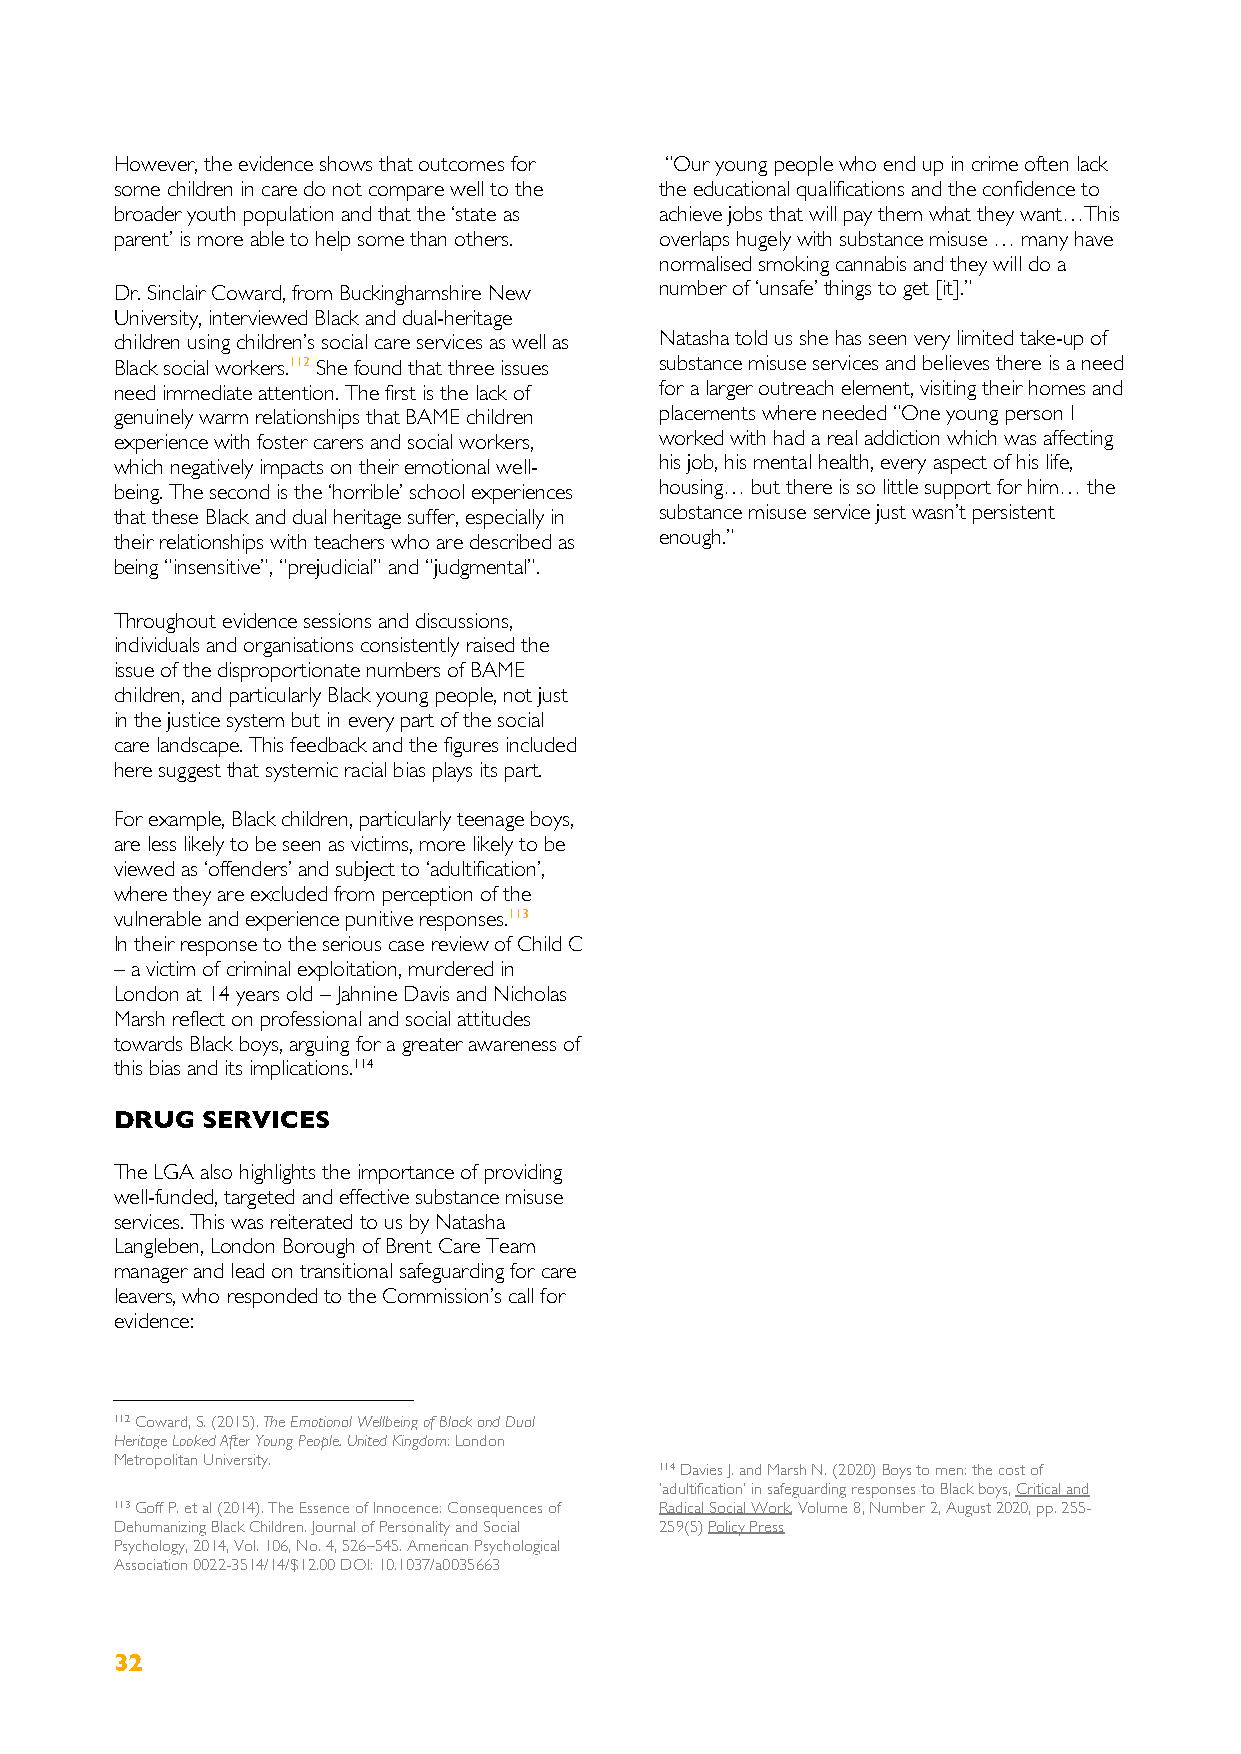
However, the evidence shows that outcomes for “Our young people who end up in crime often lack
 some children in care do not compare well to the the educational qualifications and the confidence to
 broader youth population and that the ‘state as achieve jobs that will pay them what they want…This
 parent’ is more able to help some than others. overlaps hugely with substance misuse … many have
 normalised smoking cannabis and they will do a
 Dr. Sinclair Coward, from Buckinghamshire New number of ‘unsafe’ things to get [it].”
 University, interviewed Black and dual-heritage
 children using children’s social care services as well as Natasha told us she has seen very limited take-up of
 Black social workers.112 She found that three issues substance misuse services and believes there is a need
 need immediate attention. The first is the lack of for a larger outreach element, visiting their homes and
 genuinely warm relationships that BAME children placements where needed “One young person I
 experience with foster carers and social workers, worked with had a real addiction which was affecting
 which negatively impacts on their emotional well- his job, his mental health, every aspect of his life,
 being. The second is the ‘horrible’ school experiences housing… but there is so little support for him… the
 that these Black and dual heritage suffer, especially in substance misuse service just wasn’t persistent
 their relationships with teachers who are described as enough.”
 being “insensitive”, “prejudicial” and “judgmental”.
 Throughout evidence sessions and discussions,
 individuals and organisations consistently raised the
 issue of the disproportionate numbers of BAME
 children, and particularly Black young people, not just
 in the justice system but in every part of the social
 care landscape. This feedback and the figures included
 here suggest that systemic racial bias plays its part.
 For example, Black children, particularly teenage boys,
 are less likely to be seen as victims, more likely to be
 viewed as ‘offenders’ and subject to ‘adultification’,
 where they are excluded from perception of the
 vulnerable and experience punitive responses.113
 In their response to the serious case review of Child C
 – a victim of criminal exploitation, murdered in
 London at 14 years old – Jahnine Davis and Nicholas
 Marsh reflect on professional and social attitudes
 towards Black boys, arguing for a greater awareness of
 this bias and its implications.114
 DRUG SERVICES
 The LGA also highlights the importance of providing
 well-funded, targeted and effective substance misuse
 services. This was reiterated to us by Natasha
 Langleben, London Borough of Brent Care Team
 manager and lead on transitional safeguarding for care
 leavers, who responded to the Commission’s call for
 evidence:
 112 Coward, S. (2015). The Emotional Wellbeing of Black and Dual
 Heritage Looked After Young People. United Kingdom: London
 Metropolitan University.
 114 Davies J. and Marsh N. (2020) Boys to men: the cost of
 ‘adultification’ in safeguarding responses to Black boys, Critical and
 113 Goff P. et al (2014). The Essence of Innocence: Consequences of Radical Social Work, Volume 8, Number 2, August 2020, pp. 255-
 Dehumanizing Black Children. Journal of Personality and Social 259(5) Policy Press
 Psychology, 2014, Vol. 106, No. 4, 526–545. American Psychological
 Association 0022-3514/14/$12.00 DOI: 10.1037/a0035663
 32